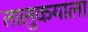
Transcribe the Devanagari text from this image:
तालुकयाला